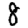
Digit: 8